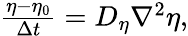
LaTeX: \begin{array}{r}{\frac{\eta-\eta_{0}}{\Delta t}=D_{\eta}\nabla^{2}\eta,}\end{array}